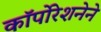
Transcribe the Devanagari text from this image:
कॉर्पोरेशनेने